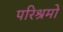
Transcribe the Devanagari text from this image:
परिश्रमो